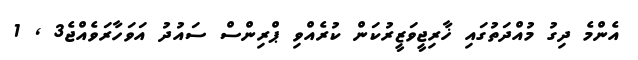
އެންމެ ދިގު މުއްދަތުގައި ޚާރިޖީވަޒީރުކަން ކުރެއްވި ޕްރިންސް ސައުދު އަވަހާރަވެއްޖެ3